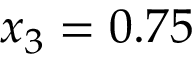
x _ { 3 } = 0 . 7 5